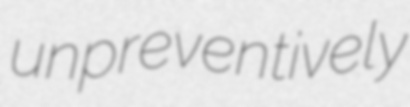
unpreventively